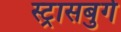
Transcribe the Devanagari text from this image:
स्ट्रासबुर्ग